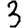
Digit: 3